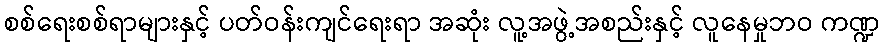
စစ်ရေးစစ်ရာများနှင့် ပတ်ဝန်းကျင်ရေးရာ အဆုံး လူ့အဖွဲ့အစည်းနှင့် လူနေမှုဘဝ ကဏ္ဍ